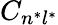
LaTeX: C_{n^{*}l^{*}}